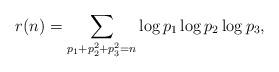
LaTeX: \begin{align*} r(n) = \sum_{p_{1} + p_{2}^2 + p_{3}^{2} = n} \log p_{1} \log p_{2} \log p_{3},\end{align*}